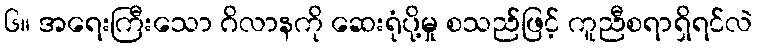
၆။ အရေးကြီးသော ဂိလာနကို ဆေးရုံပို့မှု စသည်ဖြင့် ကူညီစရာရှိရင်လဲ